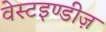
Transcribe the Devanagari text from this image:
वेस्टइण्डीज़